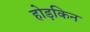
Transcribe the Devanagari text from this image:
होड़किन